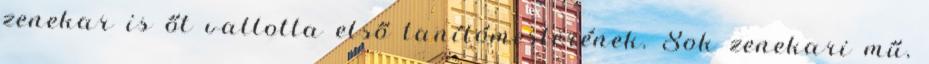
zenekar is őt vallotta első tanítómesterének. Sok zenekari mű,